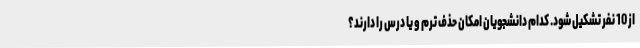
از 10 نفر تشکیل شود. کدام‌ دانشجویان امکان حذف ترم و یا درس را دارند؟